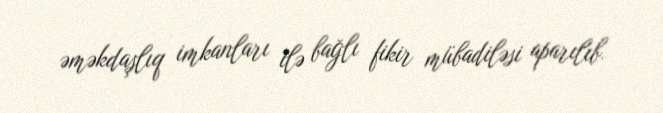
əməkdaşlıq imkanları ilə bağlı fikir mübadiləsi aparılıb.